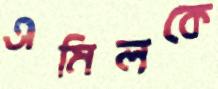
এমিলকে